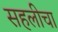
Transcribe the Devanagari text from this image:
सहलीचा